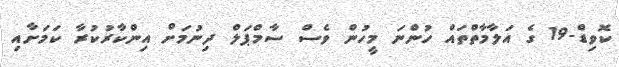
ކޮވިޑް-19 ގެ އަލާމާތްތައް ހުންނަ މީހުން ވެސް ސާމްޕަލް ދިނުމަށް އިންކާރުކުރާ ކަމަށާއި